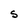
Character: S